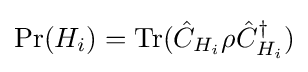
\operatorname {Pr} (H_{i})=\operatorname {Tr} ({\hat {C}}_{H_{i}}\rho {\hat {C}}_{H_{i}}^{\dagger })